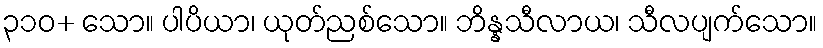
၃၁၀+ သော။ ပါပိယာ၊ ယုတ်ညစ်သော။ ဘိန္နသီလာယ၊ သီလပျက်သော။